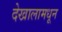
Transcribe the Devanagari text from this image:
देखालामधून